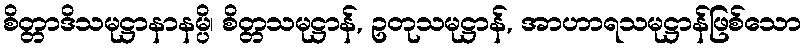
စိတ္တာဒိသမုဋ္ဌာနာနမ္ပိ၊ စိတ္တသမုဋ္ဌာန်, ဥတုသမုဋ္ဌာန်, အာဟာရသမုဋ္ဌာန်ဖြစ်သော